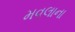
મવલાના